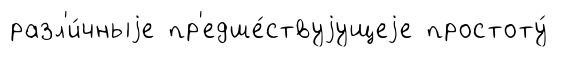
разл'и́чныjе пр'едше́ствуjущеjе простоту́